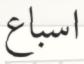
اسباع